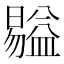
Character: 𥂺